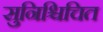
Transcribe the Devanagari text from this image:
सुनिश्चिचित